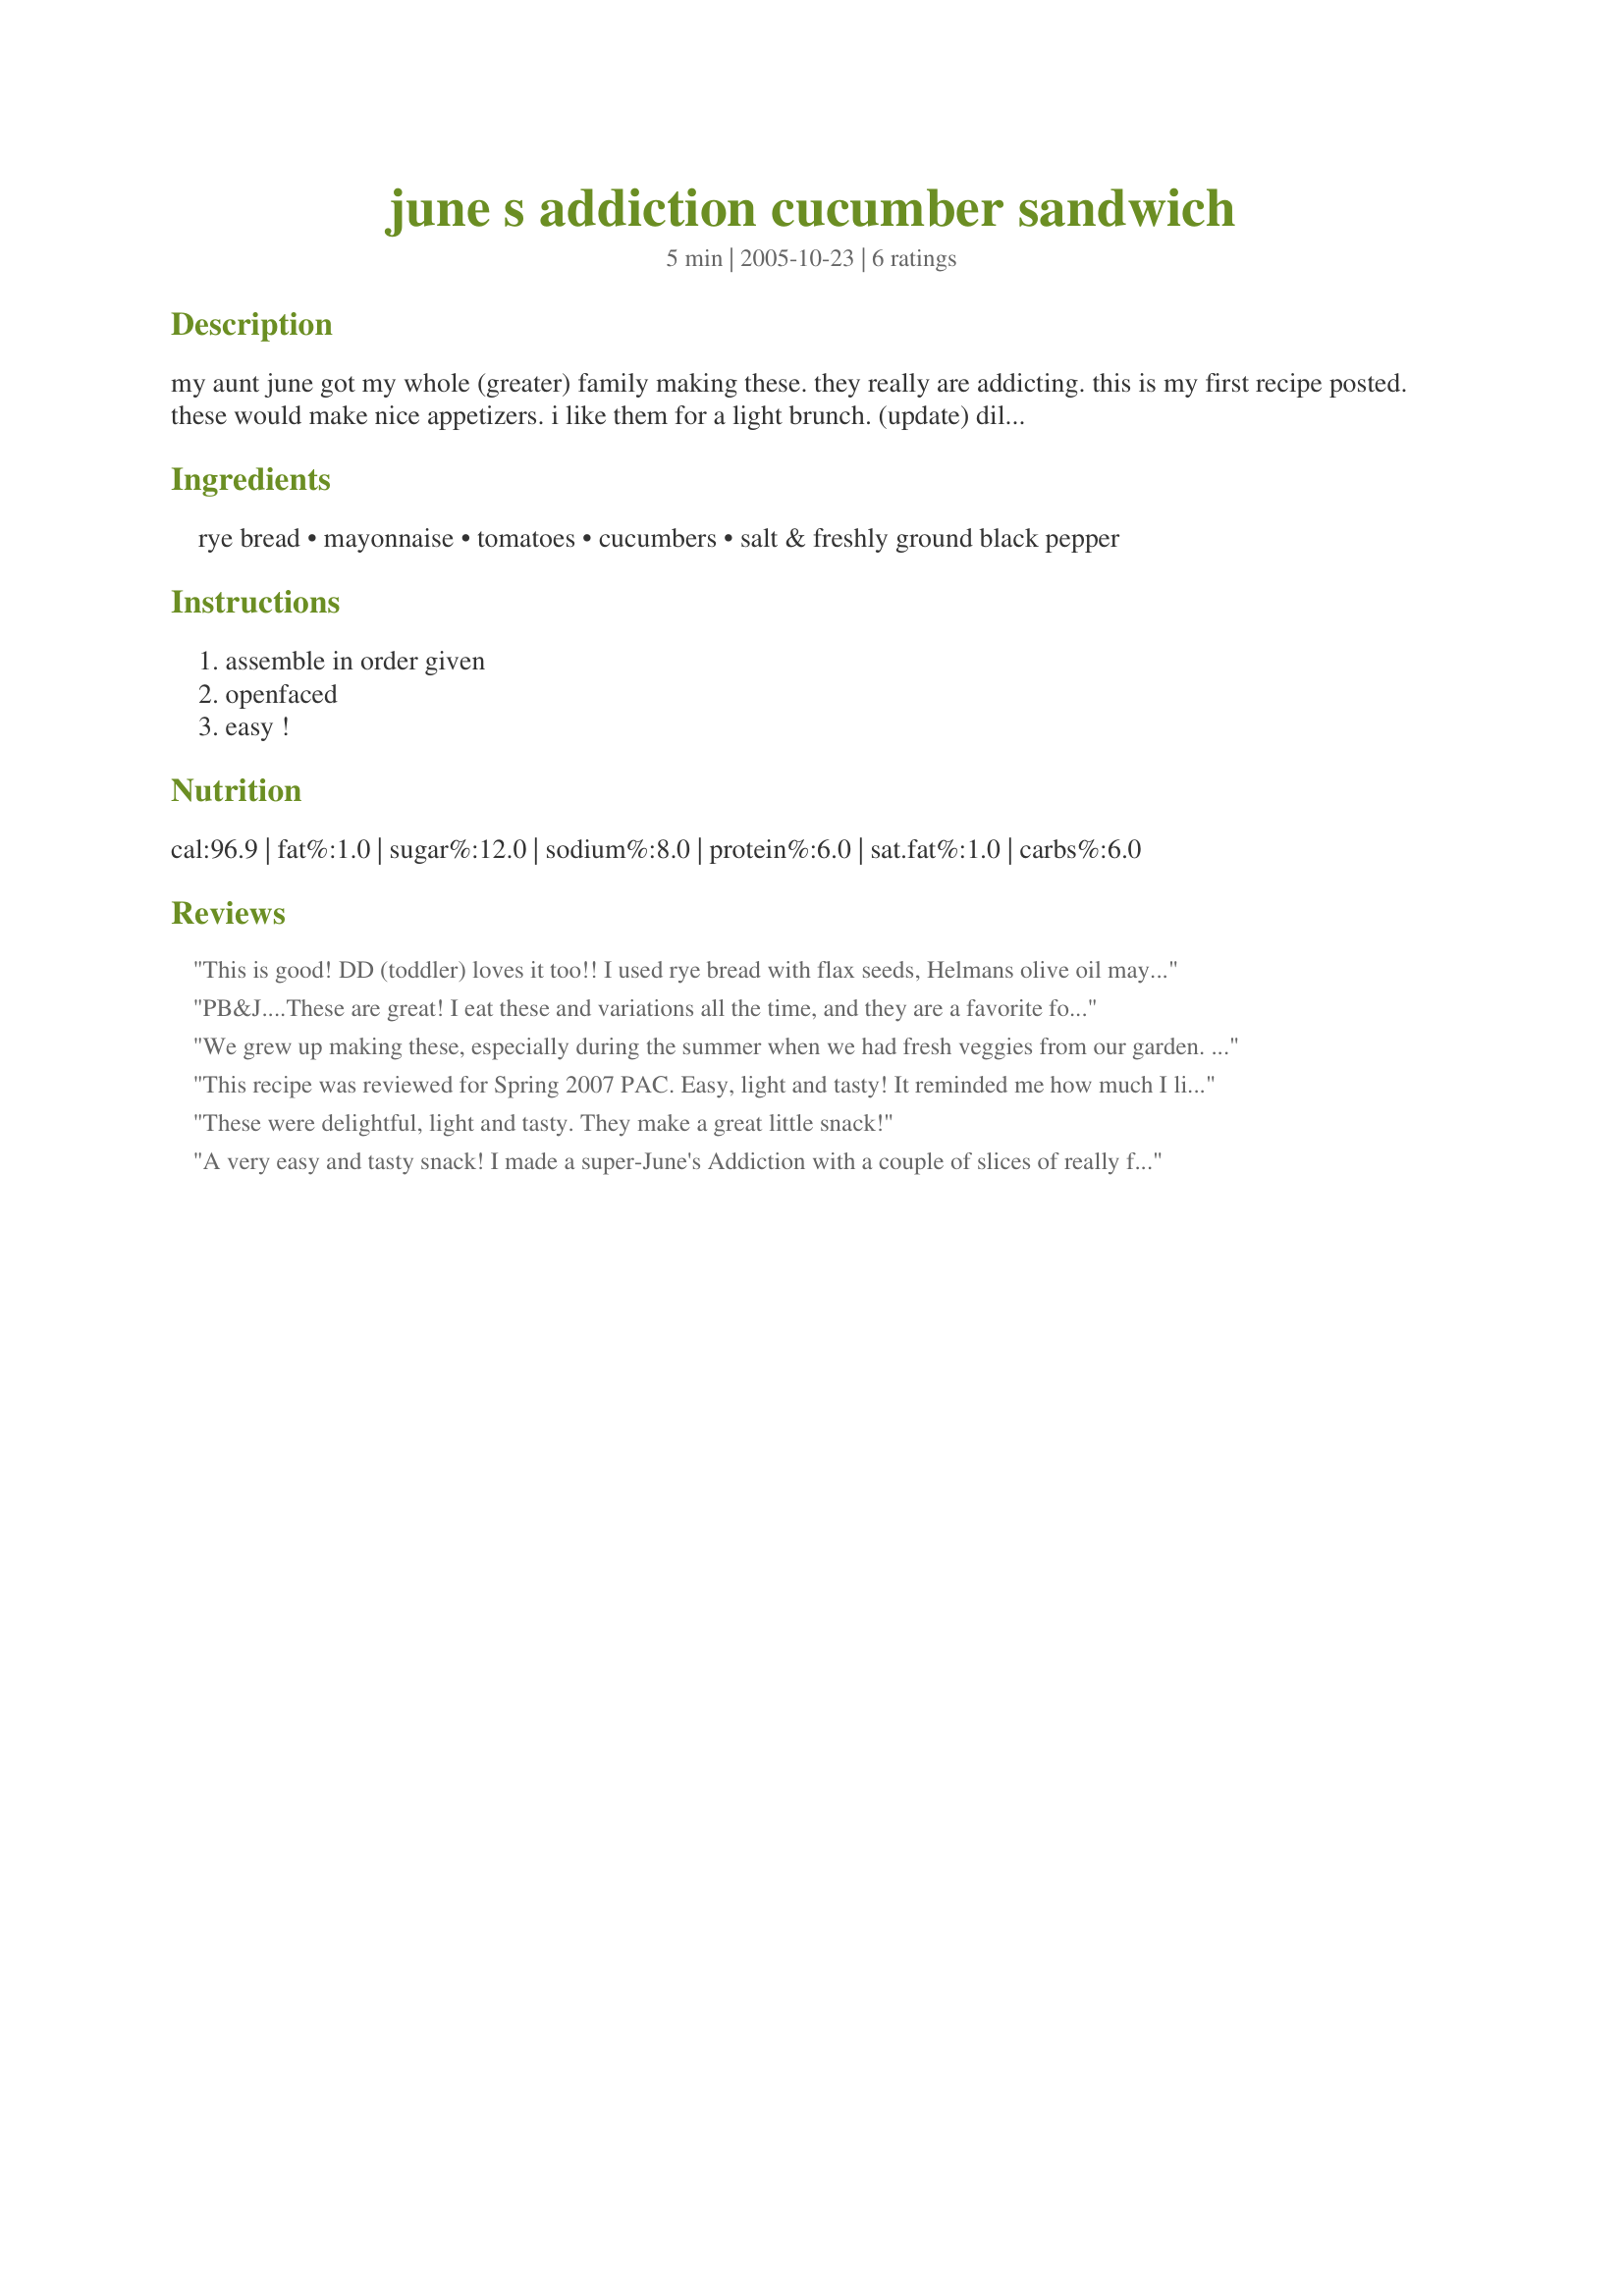
june s addiction cucumber sandwich
Preparation time: 5 minutes

my aunt june got my whole (greater) family making these. they really are addicting. this is my first recipe posted. these would make nice appetizers. i like them for a light brunch.
(update) dill rye bread is made by oroweat. it has green on the packaging. you can use regular rye but i need the dill rye. i also love using sliced/quartered cherry or grape tomatoes when i don't grow my own. they look really pretty on top and usually have a good flavor in this. also if you really like pepper this is a great recipe to really load it on.

Ingredients:
rye bread, mayonnaise, tomatoes, cucumbers, salt & freshly ground black pepper

Steps:
assemble in order given, openfaced, easy !

Reviews:
This is good! DD (toddler) loves it too!! I used rye bread with flax seeds, Helmans olive oil mayonnaise to be soy free, regular tomatoes, English cucumber, sea salt and pepper.
PB&J....These are great! I eat these and variations all the time, and they are a favorite food of mine. As a matter of fact, most anything you can (or would)put cukes on is going to get a high 5 from me. This is what I had this morning for breakfast with my smoothie, but used cream cheese instead of mayo. I hold the mayo for later in the day. Thanks for posting. (BTW, these are also great with ABM french bread w/dill and garlic).
We grew up making these, especially during the summer when we had fresh veggies from our garden. I usually just use whatever bread we happen to have at the time. They are delicious, and it's good to know others enjoy it just as much!
This recipe was reviewed for Spring 2007 PAC. Easy, light and tasty! It reminded me how much I like rye bread. The only thing I will change is to make it with 2 slices of bread instead of open-face. I don't know if I am just clumsy but I kept losing my cucumbers (that will never do)! I am trying to lighten up my menus and this is the ticket for lunch. Thank for posting your family favorite.
I meant to add a comment. I am guessing that you are quite fond of peanut butter (your name) and the way we always had cucumber sandwiches when I was growing up (still do) is to spread some P.B. on your favorite bread and top with cucumbers and another slice of bread. So yummy!
These were delightful, light and tasty. They make a great little snack!
A very easy and tasty snack! I made a super-June's Addiction with a couple of slices of really flavoursome tomato and a couple of slices of cucumber, and I used low fat mayonnaise - on fresh rye (I wasn’t sure what dill rye is): a delicious combination. Such a simple combination of ingredients, and the mayonnaise, pepper and salt were ample flavouring to enhance the main ingredients. Thanks for sharing, and hope that you post some more recipes soon!
